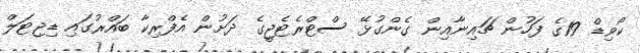
ކޯވިޑް 19ގެ ފަހުން ޗައިނާއިން ގެންގުޅޭ ސްޓްރެޓެޖީގެ ދަށުން އެފްރިކާ ބައްރުގައި ޑިޖިޓަލް